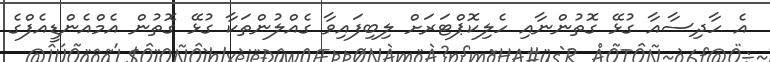
އެ ހާދިސާއާ ގުޅޭ ގޮތުންނާއި ހެލިކޮޕްޓަރަށް ލިބިފައިވާ ގެއްލުންތަކާ ގުޅޭ ގޮތުން އެމްއެންޑީއެފްގެ